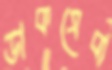
ডাকসেবা